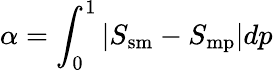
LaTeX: \alpha=\int_{0}^{1}\left|S_{\mathrm{sm}}-S_{\mathrm{mp}}\right|dp